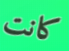
كانت